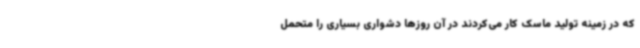
که در زمینه تولید ماسک کار می‌کردند در آن روزها دشواری بسیاری را متحمل